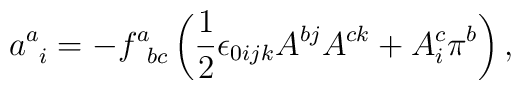
a_{\;\;i}^{a}=-f_{\;\;bc}^{a}\left( \frac{1}{2}\epsilon_{0ijk}A^{bj}A^{ck}+A_{i}^{c}\pi ^{b}\right) ,